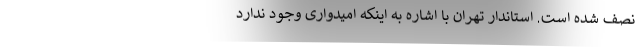
نصف شده است. استاندار تهران با اشاره به اینکه امیدواری وجود ندارد